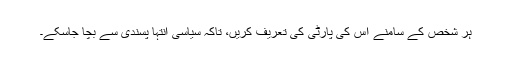
ہر شخص کے سامنے اس کی پارٹی کی تعریف کریں، تاکہ سیاسی انتہا پسندی سے بچا جاسکے۔